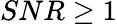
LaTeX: SNR\geq 1